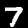
Label: 7